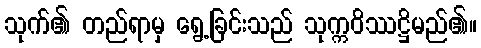
သုက်၏ တည်ရာမှ ရွေ့ခြင်းသည် သုက္ကဝိဿဋ္ဌိမည်၏။